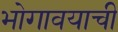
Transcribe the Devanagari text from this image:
भोगावयाची